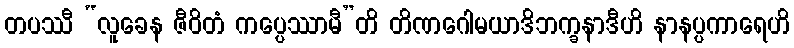
တပဿီ “လူခေန ဇီဝိတံ ကပ္ပေဿာမီ”တိ တိဏဂေါမယာဒိဘက္ခနာဒီဟိ နာနပ္ပကာရေဟိ